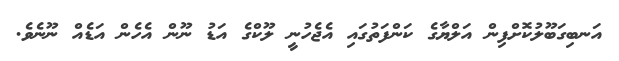
އަނބިގަބޫލުކޮށްފިން އަލްޔާގެ ކަންފަތުގައި އެޖެހުނީ ލޫކްގެ އަޑު ނޫން އެހެން އަޑެއް ނޫނެވެ.